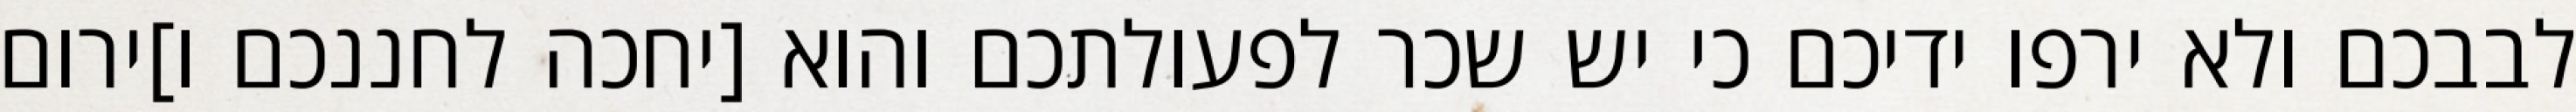
לבבכם ולא ירפו ידיכם כי יש שכר לפעולתכם והוא [יחכה לחננכם ו]ירום